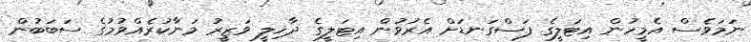
ނަމަވެސް އެމީހުން އިޓަލީގެ ފަސްގަނޑަށް އެރުވުން އިޓަލީގެ ދާޚިލީ ވަޒީރު މަނާކުރެއްވުމުގެ ސަބަބުން